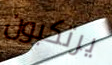
يرتكبون